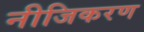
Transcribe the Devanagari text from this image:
नीजिकरण